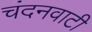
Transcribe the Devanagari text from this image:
चंदनवाटी